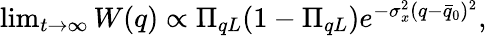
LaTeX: \begin{array}{r}{\operatorname*{lim}_{t\rightarrow\infty}W(q)\propto\Pi_{qL}(1-\Pi_{qL})e^{-\sigma_{x}^{2}(q-\bar{q}_{0})^{2}},}\end{array}